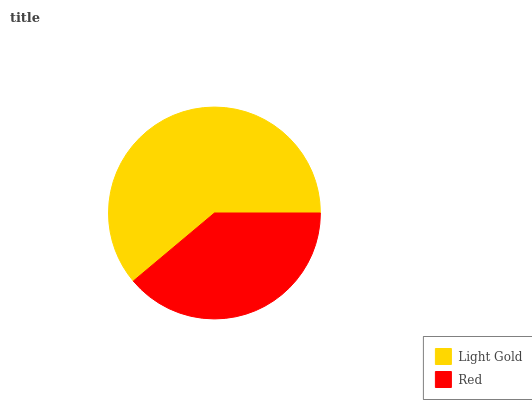
| Light Gold | Red |
 | --- | --- |
 | 61.1% | 38.9% |